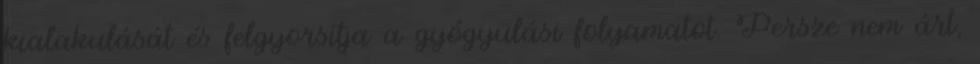
kialakulását és felgyorsítja a gyógyulási folyamatot. Persze nem árt,